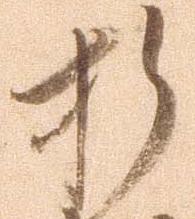
折